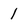
Character: 1